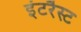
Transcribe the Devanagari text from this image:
इंटरैस्ट